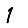
Digit: 1